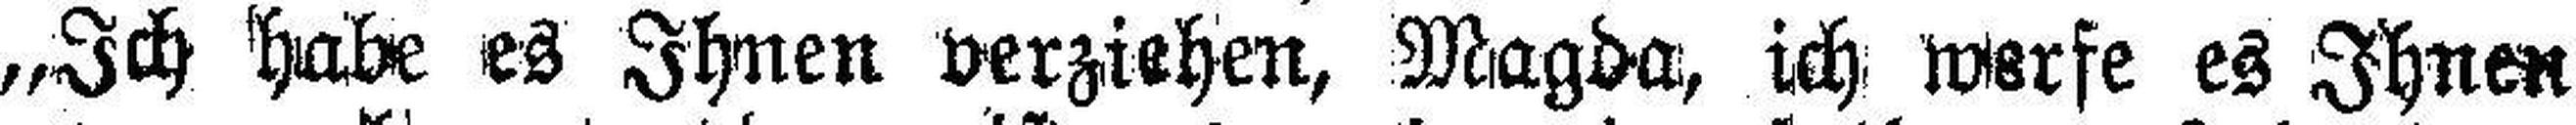
„Ich habe es Ihnen verziehen, Magda, ich werfe es Ihnen